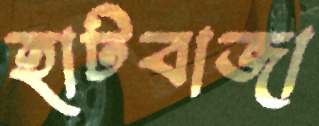
হাটবাজা